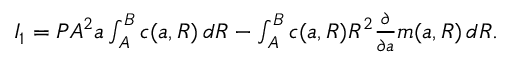
\begin{array} { r } { I _ { 1 } = P A ^ { 2 } { a } \int _ { A } ^ { B } c ( { a } , R ) \, d R - \int _ { A } ^ { B } c ( { a } , R ) R ^ { 2 } \frac { \partial } { \partial { a } } m ( { a } , R ) \, d R . } \end{array}